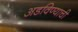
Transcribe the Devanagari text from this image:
अडविण्याची